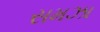
સમઝા